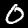
Digit: 0